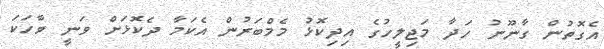
އެގޮތުން ގާނޫނު ހަދާ މަޖިލީހުގެ އިދިކޮޅު މެމްބަރުން އެކަމާ ދެކޮޅަށް ވަނީ ވާހަކަ